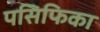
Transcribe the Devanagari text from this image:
पसिफिका